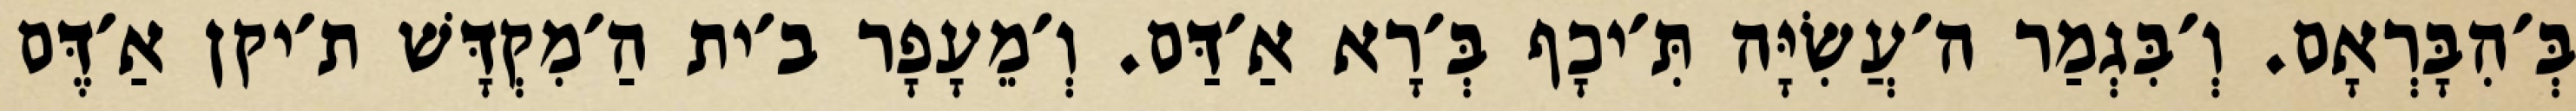
בְּ׳הִבָּרְאָם. וְ׳בִּגְמַר ה׳עֲשִׂיָּה תִּ׳יכָף בְּ׳רָא אַ׳דַּם. וְ׳מֵעָפָר ב׳ית הַ׳מִקְדָּשׁ ת׳יקן אַ׳דֶּם